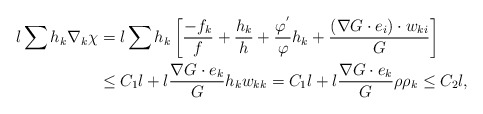
\begin{align*}l\sum h_{k}\nabla_{k}\chi&=l\sum h_{k}\left[\frac{-f_{k}}{f}+\frac{h_{k}}{h}+\frac{\varphi^{'}}{\varphi}h_{k}+\frac{(\nabla G\cdot e_{i})\cdot w_{ki}}{G}\right]\\&\leq C_{1}l+l\frac{\nabla G\cdot e_{k}}{G} h_{k}w_{kk}=C_{1}l+l\frac{\nabla G\cdot e_{k}}{G} \rho \rho_{k}\leq C_{2}l,\end{align*}